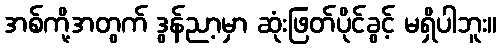
အစ်ကို့အတွက် ဒွန်ညာ့မှာ ဆုံးဖြတ်ပိုင်ခွင့် မရှိပါဘူး။